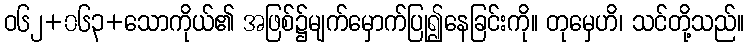
ဝ၆၂+၀၆၃+သောကိုယ်၏ အဖြစ်၌မျက်မှောက်ပြု၍နေခြင်းကို။ တုမှေဟိ၊ သင်တို့သည်။